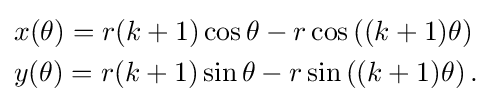
{\begin{aligned}&x(\theta )=r(k+1)\cos \theta -r\cos \left((k+1)\theta \right)\\&y(\theta )=r(k+1)\sin \theta -r\sin \left((k+1)\theta \right).\end{aligned}}